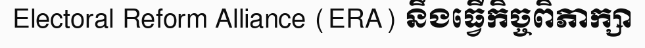
Electoral Reform Alliance (ERA) នឹងធ្វើកិច្ចពិភាក្សា